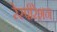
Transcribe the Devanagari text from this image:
रेस्पीरेशन